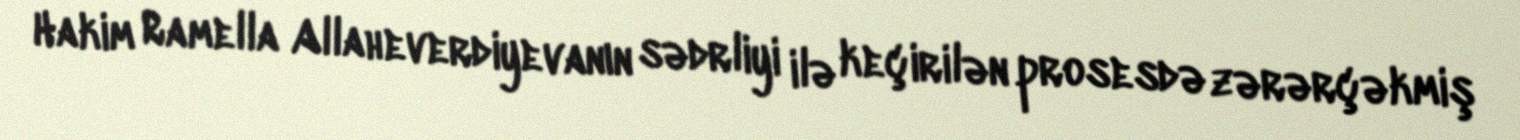
Hakim Ramella Allaheverdiyevanın sədrliyi ilə keçirilən prosesdə zərərçəkmiş